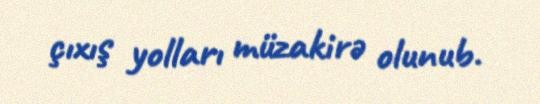
çıxış yolları müzakirə olunub.